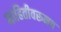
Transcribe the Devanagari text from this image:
माहितीवरूनच